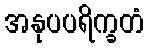
အနုပပရိက္ခတံ